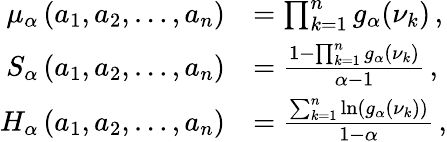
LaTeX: \begin{array}{rl}{\mu_{\alpha}\left(a_{1},a_{2},\dots,a_{n}\right)}&{=\prod_{k=1}^{n}g_{\alpha}(\nu_{k})\, ,}\\ {S_{\alpha}\left(a_{1},a_{2},\dots,a_{n}\right)}&{=\frac{1-\prod_{k=1}^{n}g_{\alpha}(\nu_{k})}{\alpha-1}\, ,}\\ {H_{\alpha}\left(a_{1},a_{2},\dots,a_{n}\right)}&{=\frac{\sum_{k=1}^{n}\ln\left(g_{\alpha}(\nu_{k})\right)}{1-\alpha}\, ,}\end{array}